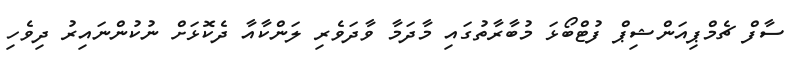
ސާފް ޗެމްޕިއަންޝިޕް ފުޓްބޯޅަ މުބާރާތުގައި މާދަމާ ވާދަވެރި ލަންކާއާ ދެކޮޅަށް ނުކުންނައިރު ދިވެހި